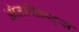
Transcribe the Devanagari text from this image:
ऑलस्क्रिप्ट्स